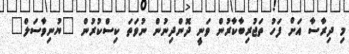
މި ދިރާސާ އަށް ފަހު ތަޖުރިބާކާރުން ވަނީ ދޮންދިނުން ނުވަތަ ކިސްކުރުން "ޔުނިވާސަލް"